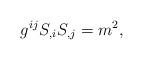
LaTeX: \begin{align*} g^{ij}S_{,i}S_{,j}=m^2,\end{align*}